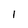
Character: l